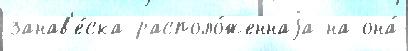
занав'е́ска располо́женнаjа на она́